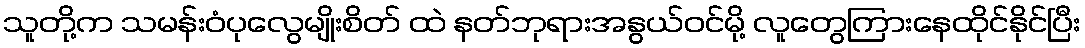
သူတို့က သမန်းဝံပုလွေမျိုးစိတ် ထဲ နတ်ဘုရားအနွယ်ဝင်မို့ လူတွေကြားနေထိုင်နိုင်ပြီး